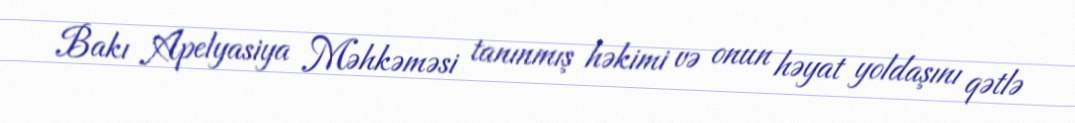
Bakı Apelyasiya Məhkəməsi tanınmış həkimi və onun həyat yoldaşını qətlə